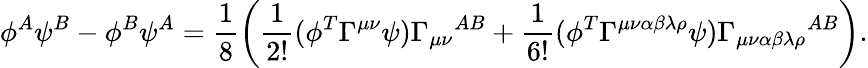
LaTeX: \phi^{A}\psi^{B}-\phi^{B}\psi^{A}=\frac{1}{8}\left(\frac{1}{2!}(\phi^{T}\Gamma^{\mu\nu}\psi){\Gamma_{\mu\nu}}^{AB}+\frac{1}{6!}(\phi^{T}\Gamma^{\mu\nu\alpha\beta\lambda\rho}\psi){\Gamma_{\mu\nu\alpha\beta\lambda\rho}}^{AB}\right).